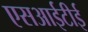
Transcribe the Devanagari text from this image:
एसआईटीई